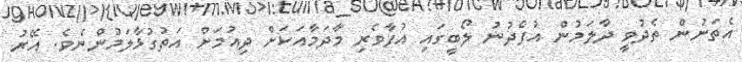
އެތަނުން ތެދުވީ ދާލަމުން އުފެދުނު ލޯބީގައި އުފާވެރި މާދަމާއަކަށް ދިއުމަށް އަތުގުޅާލަމުންނެވެ. އޭރު